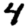
Digit: 4